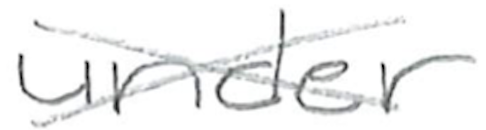
Text: under
Cross-out: mix
Writing tool: pencil